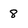
Character: 8